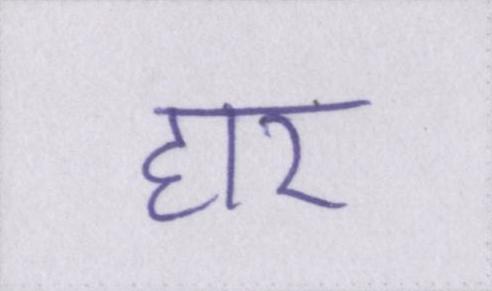
हार